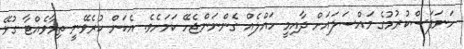
ހަނަފަސްކުރުމުގެ މައްސަލައަށް ދާއިމީ ހައްލެއް ގެންނަންޖެހޭ ކަމަށެވެ. އެކަން ކުރެވޭނީ ތިމާވެއްޓާ ގުޅޭ